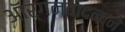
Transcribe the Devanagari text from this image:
ऑर्गनवादनाने